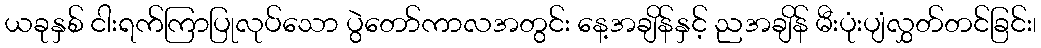
ယခုနှစ် ငါးရက်ကြာပြုလုပ်သော ပွဲတော်ကာလအတွင်း နေ့အချိန်နှင့် ညအချိန် မီးပုံးပျံလွှတ်တင်ခြင်း၊